Vaccine operations Central Provinces 1868-1885 - 1868-1885
Year: 1868
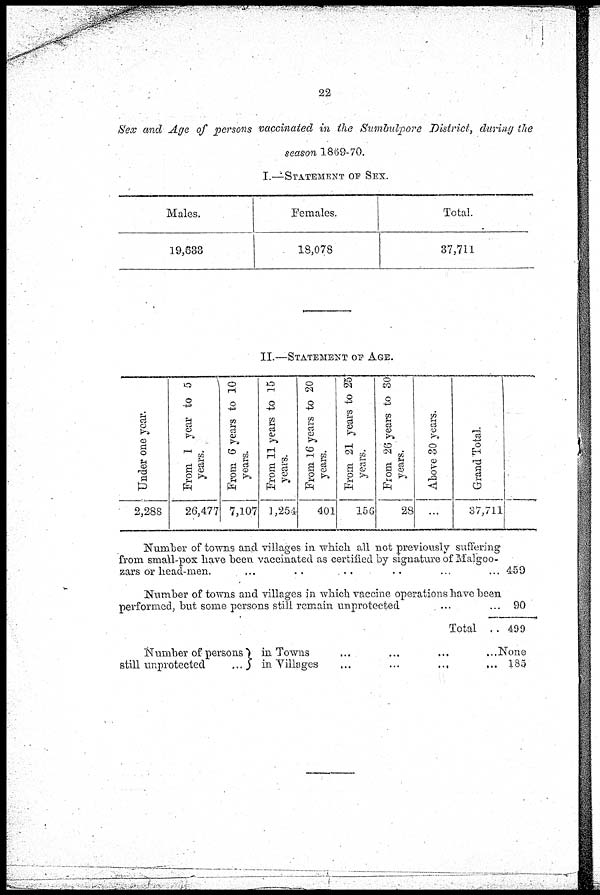
22
Sex and Age of persons vaccinated in the Sumbulpore District, during the
season 1869-70.
I.—STATEMENT OF SEX.
Males.
19,633
Females,
18,078
Total.
37,711
II.—STATEMENT OF AGE.
Under one year.
2,288
Prom 1 year to 5
years.
26,477
From 6 years to 10
years.
7,107
From 11 years to 15
years.
1,254
From 16 years to 20
years.
401
From 21 years to 25
years.
156
From 26 Years to 30
years.
28
Above 30 years.
...
Grand Total
37,711
Number of towns and villages in which all not previously suffering
from small-pox have been vaccinated as certified by signature of Malgoo¬
zars or head-men.
...
... ... ... ... ...
Number of towns and villages in which vaccine operations have been
performed, but some persons still remain unprotected ... ...
Total ...
Number of persons
still unprotected
in Towns
...
...
...
...
in Tillages
...
...
...
...
459
90
499
None
185